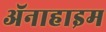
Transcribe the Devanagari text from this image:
ॲनाहाइम